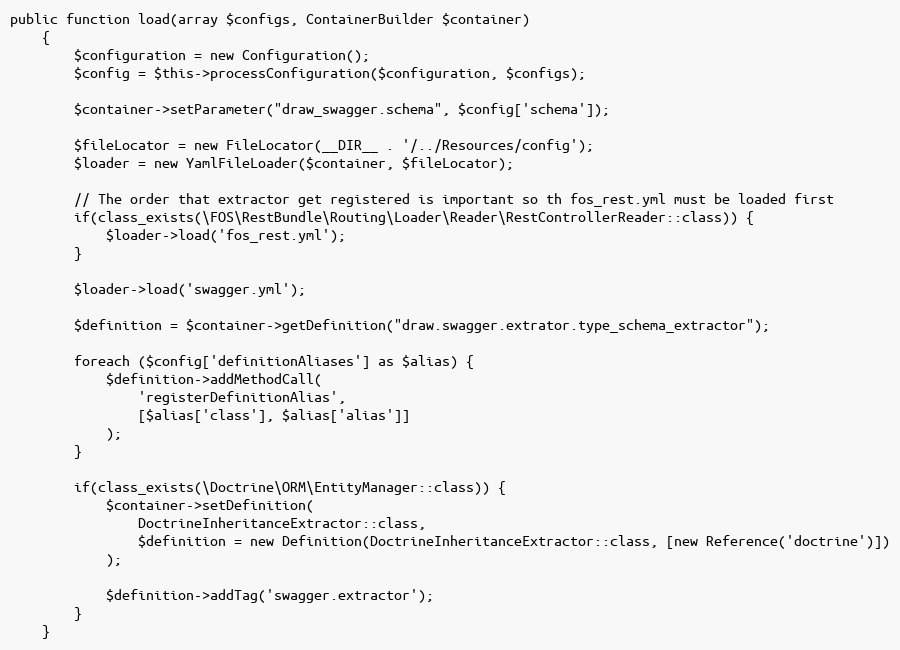
Language: PHP
public function load(array $configs, ContainerBuilder $container)
    {
        $configuration = new Configuration();
        $config = $this->processConfiguration($configuration, $configs);

        $container->setParameter("draw_swagger.schema", $config['schema']);

        $fileLocator = new FileLocator(__DIR__ . '/../Resources/config');
        $loader = new YamlFileLoader($container, $fileLocator);

        // The order that extractor get registered is important so th fos_rest.yml must be loaded first
        if(class_exists(\FOS\RestBundle\Routing\Loader\Reader\RestControllerReader::class)) {
            $loader->load('fos_rest.yml');
        }

        $loader->load('swagger.yml');

        $definition = $container->getDefinition("draw.swagger.extrator.type_schema_extractor");

        foreach ($config['definitionAliases'] as $alias) {
            $definition->addMethodCall(
                'registerDefinitionAlias',
                [$alias['class'], $alias['alias']]
            );
        }

        if(class_exists(\Doctrine\ORM\EntityManager::class)) {
            $container->setDefinition(
                DoctrineInheritanceExtractor::class,
                $definition = new Definition(DoctrineInheritanceExtractor::class, [new Reference('doctrine')])
            );

            $definition->addTag('swagger.extractor');
        }
    }